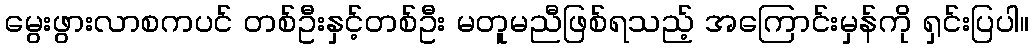
မွေးဖွားလာစကပင် တစ်ဦးနှင့်တစ်ဦး မတူမညီဖြစ်ရသည့် အကြောင်းမှန်ကို ရှင်းပြပါ။